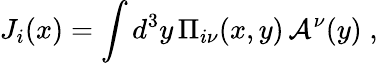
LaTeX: J_{i}(x)=\int d^{3}y\, \Pi_{i\nu}(x,y)\, {\cal A}^{\nu}(y)\; ,